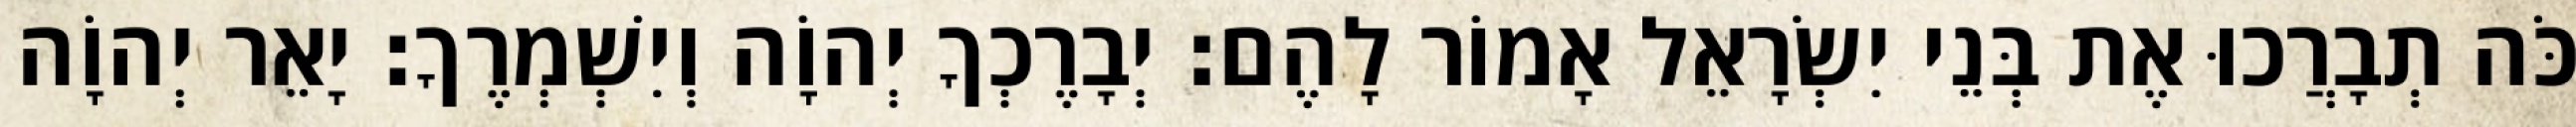
כֹּה תְבָרֲכוּ אֶת בְּנֵי יִשְׂרָאֵל אָמוֹר לָהֶם׃ יְבָרֶכְךָ יְהוָֹה וְיִשְׁמְרֶךָ׃ יָאֵר יְהוָֹה